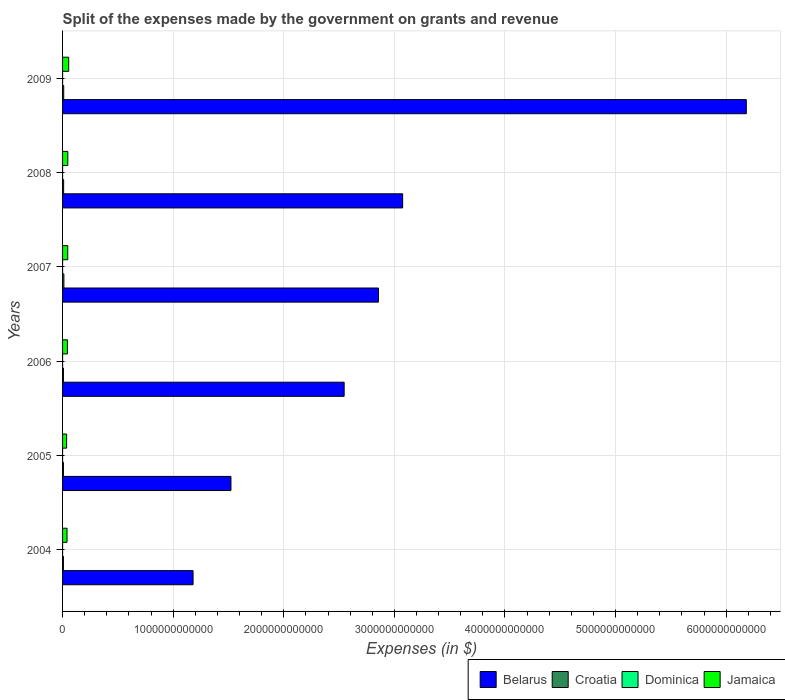
| Years | Belarus | Croatia | Dominica | Jamaica |
 | --- | --- | --- | --- | --- |
 | 2004 | 1.18e+12 | 7.71e+09 | 6.56e+07 | 4.04e+10 |
 | 2005 | 1.52e+12 | 7.89e+09 | 3.38e+07 | 3.67e+10 |
 | 2006 | 2.55e+12 | 8.05e+09 | 8.5e+07 | 4.41e+10 |
 | 2007 | 2.86e+12 | 1.19e+10 | 8.4e+07 | 4.69e+10 |
 | 2008 | 3.08e+12 | 9.76e+09 | 1.09e+08 | 4.75e+10 |
 | 2009 | 6.18e+12 | 1.04e+10 | 9.12e+07 | 5.55e+10 |